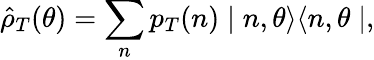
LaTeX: \hat{\rho}_{T}(\theta)=\sum_{n}p_{T}(n)\mid n,\theta\rangle\langle n,\theta\mid,